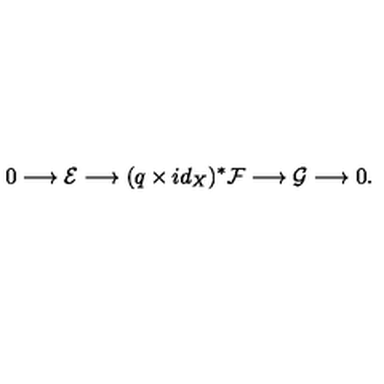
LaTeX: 0 \longrightarrow \mathcal { E } \longrightarrow ( q \times i d _ { X } ) ^ { * } \mathcal { F } \longrightarrow \mathcal { G } \longrightarrow 0 .